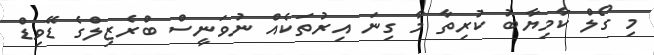
މި ގޯލް ކާމިޔާބު ކުރިތާ މާ ގިނަ އިރުތަކެއް ނުވަނީސް ބްރެޒިލްގެ ޑޭވިޑް